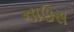
નાઉસ